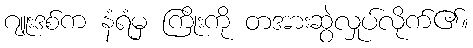
ဂျူးဒစ်က နံရံမှ ကြိုးကို တအားဆွဲလှုပ်လိုက်၏။